Medical and sanitary report of the native army of Bengal for the year
Year: 1875
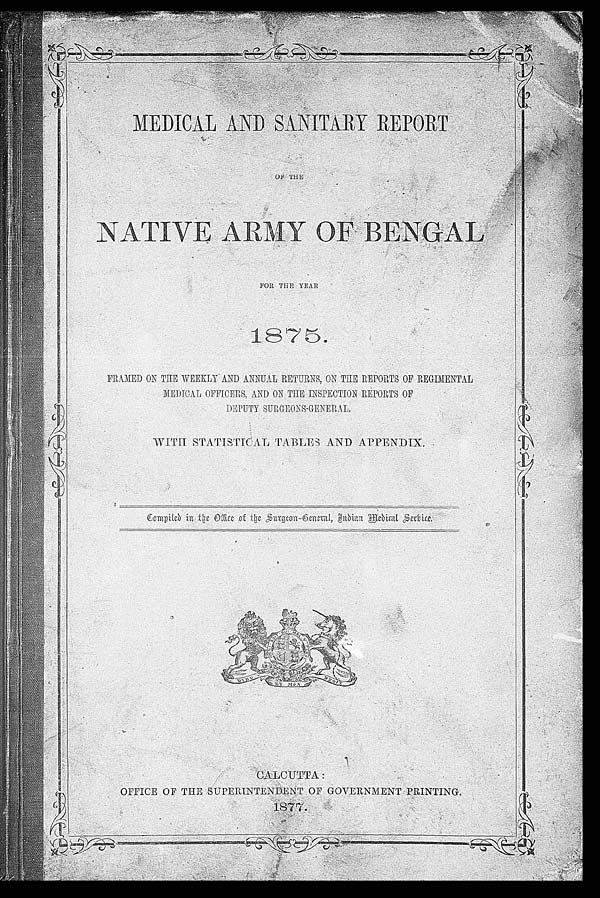
M E D I C A L A N D S A N I T A R Y R E P O R T
OF T
H E
N A T I V E A R M Y O F B E N G A LF
O R T H E Y E A R
1 8 7 5 .
FRAMED ON THE WEEKLY AND ANNUAL RETURNS, ON THE REPOST OF REGIMENTAL
MEDICAL OFFICERS, AND ON THE INSPECTION REPORTS OF
DEPUTY SURGEONS-GENERAL.
WITH STATISTICAL TABLES AND APPENDIX.
C o m p i l e d i n t h e O f f i c e o f t h e S u r g e o n - G e n e r a l , I n d i a M e d i c a l S e r v i c e .
CALCUTTA:
OFFI CE OF THE SUPERI NTENDENT OF GOVERNMENT PRI NTI NG.
1877.